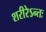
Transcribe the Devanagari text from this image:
शरीरेऽन्तः